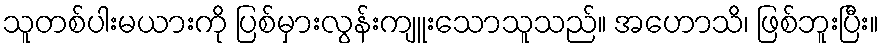
သူတစ်ပါးမယားကို ပြစ်မှားလွန်းကျူးသောသူသည်။ အဟောသိ၊ ဖြစ်ဘူးပြီး။